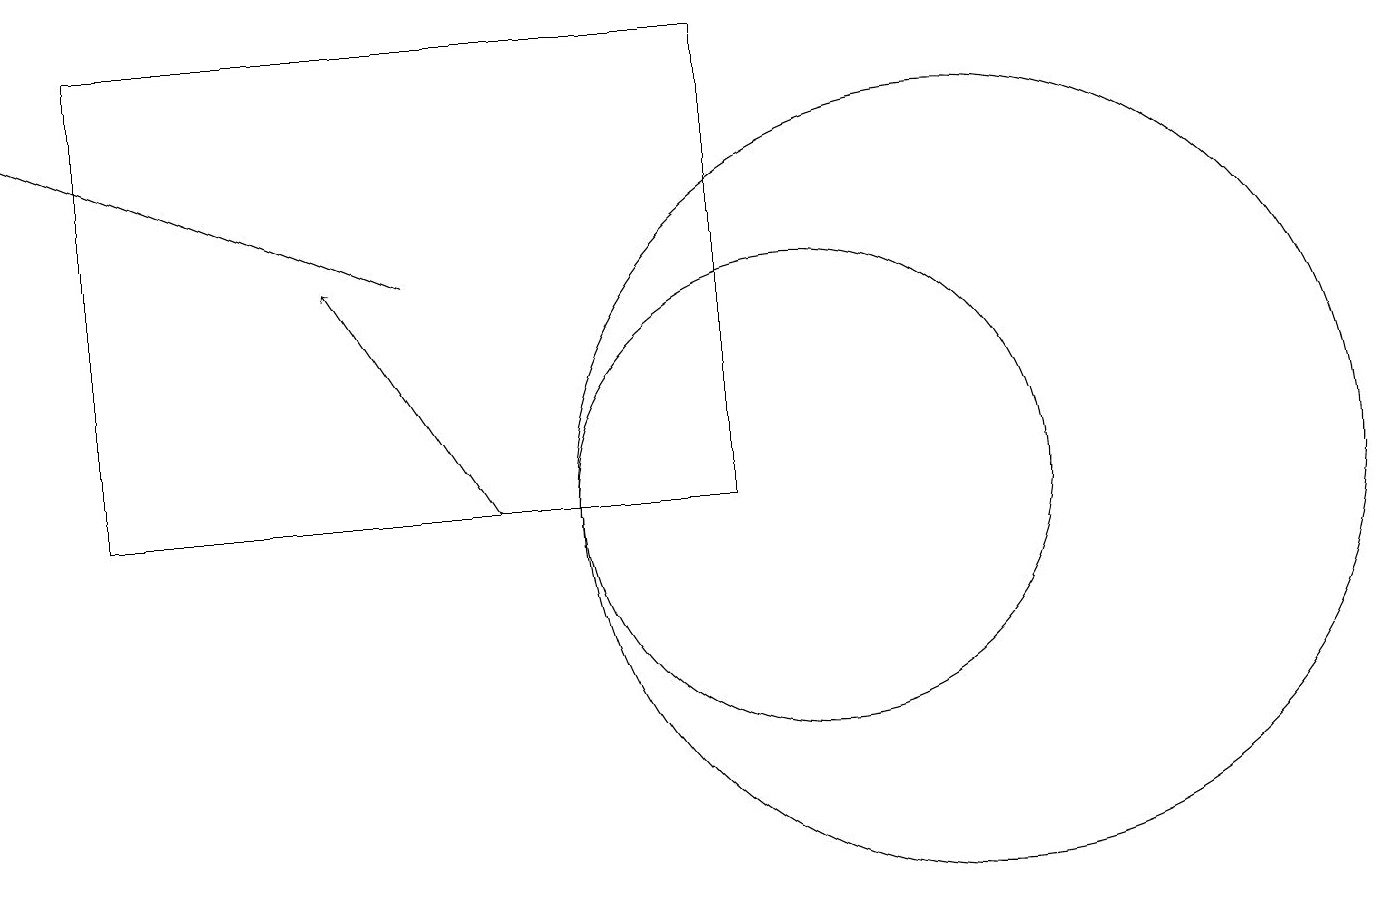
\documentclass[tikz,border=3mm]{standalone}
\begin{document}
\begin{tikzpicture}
\draw (1,11) rectangle (9,17);
\draw (10,11) circle (3);
\draw[->] (6,11) -- (4,14);
\draw (12,11) circle (5);
\draw[->] (5,14) -- (0,16);
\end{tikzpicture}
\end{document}